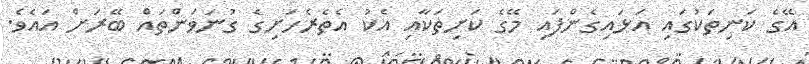
އޭގެ ކަނިތަކުގައި އަޅައިގެންފައި މޭގެ ކަށިތަކާއި އެކު އެތެރެހަށިގެ ގުނަވަންތައް ބޭރަށް އައެވެ.